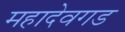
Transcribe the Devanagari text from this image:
महादेवगड